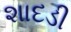
શાદડી